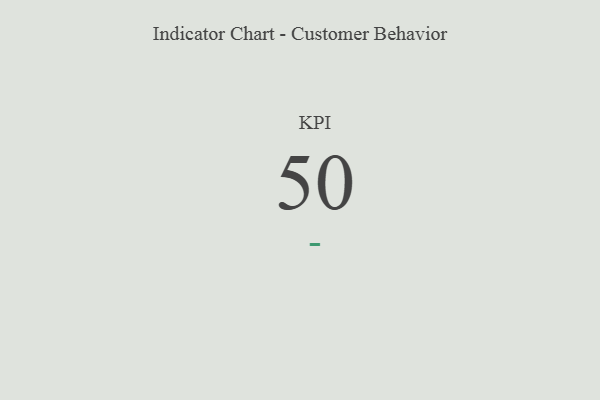
{"axis": {"x": "KPI", "y": "Value"}, "legend": [""], "data": [{"x": "KPI", "y": 50, "type": ""}]}